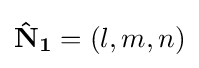
\mathbf {{\hat {N}}_{1}} =(l,m,n)